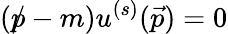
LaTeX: ({p\! \! \! /}-m)u^{(s)}({\vec{p}})=0